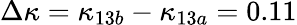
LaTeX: \Delta\kappa=\kappa_{13b}-\kappa_{13a}=0.11